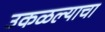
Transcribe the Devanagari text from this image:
उकळल्याचा